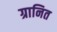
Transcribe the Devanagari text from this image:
ग्रानित